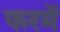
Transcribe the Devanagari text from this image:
फरमें